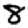
Digit: 8